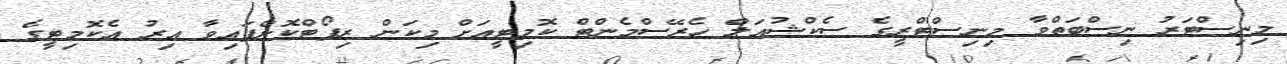
މިނިސްޓަރު ނިސްބަތްވާ މިނިސްޓްރީގެ ސެކްޝުއަލް ހެރޭސްމެންޓް ކޮމިޓީއަށް މިކަން ރިޕޯޓްކޮށްފައިވާ އިރު އެކޮމިޓީގެ